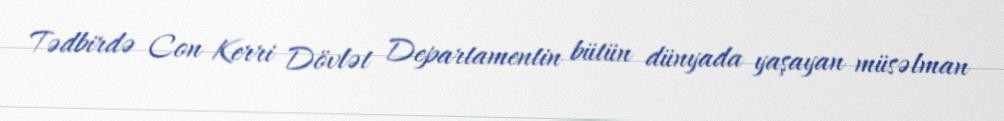
Tədbirdə Con Kerri Dövlət Departamentin bütün dünyada yaşayan müsəlman